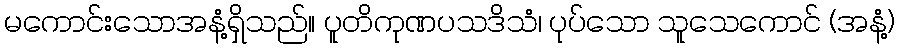
မကောင်းသောအနံ့ရှိသည်။ ပူတိကုဏပသဒိသံ၊ ပုပ်သော သူသေကောင် (အနံ့)